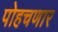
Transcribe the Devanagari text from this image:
पोहचणार